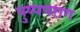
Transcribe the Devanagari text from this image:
पुष्पपराग